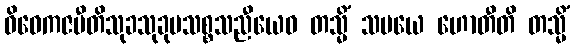
ဝိဝေကဇပီတိသုခသုခုမသစ္စသညီယေဝ တသ္မိံ သမယေ ဟောတီတိ တသ္မိံ